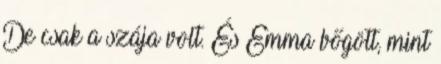
De csak a szája volt. És Emma bőgött, mint